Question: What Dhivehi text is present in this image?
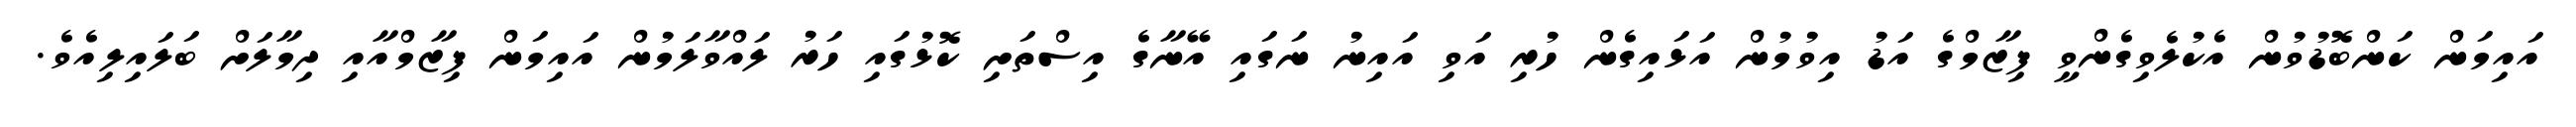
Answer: އައިމަން ކަންބޮޑުވުން އެކުލެވިގެންވީ ފިޒާމްގެ އަޑު އިވުމުން އަޅައިގެން ހުރި އަވި އައިނު ނަގައި އޭނާގެ އިސްތަށި ކޮޅުގައި ހަރު ލައްވާލަމުން އައިމަން ފިޒާމްއާއި ދިމާލަށް ބަލައިލިއެވެ.